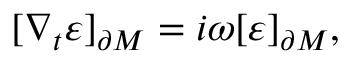
[ \nabla _ { t } \varepsilon ] _ { \partial M } = i \omega [ \varepsilon ] _ { \partial M } ,